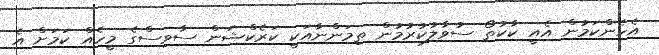
އެހެންކަމުން އެއީ ކާކުތޯ ސުވާލުކުރުމުން ތިމަންނާއަކީ ކަރެކްޝަން ސާވިސްގެ މީހެއް ކަމަށް އެ